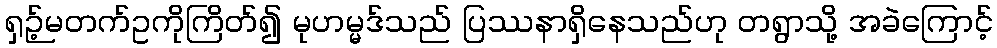
ရှဉ့်မတက်ဥကိုကြိတ်၍ မုဟမ္မဒ်သည် ပြဿနာရှိနေသည်ဟု တရွာသို့ အခဲကြောင့်